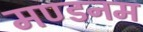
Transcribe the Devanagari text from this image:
मण्‍डनम